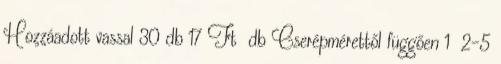
Hozzáadott vassal 30 db 17 Ft db Cserépmérettől függően 1 2-5